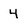
Character: 4